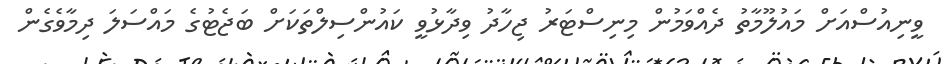
ވީނިއުސްއަށް މައުލޫމާތު ދެއްވަމުން މިނިސްޓަރު ޖިހާދު ވިދާޅުވީ ކައުންސިލްތަކަށް ބަޖެޓުގެ މައްސަލަ ދިމާވެގެން